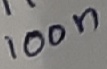
Text: 100n